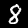
Digit: 8